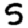
Digit: 5